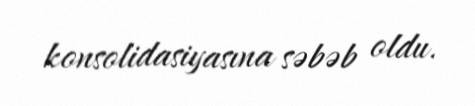
konsolidasiyasına səbəb oldu.